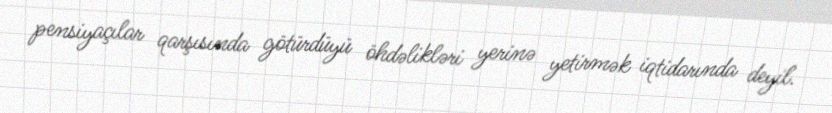
pensiyaçılar qarşısında götürdüyü öhdəlikləri yerinə yetirmək iqtidarında deyil.